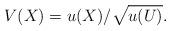
LaTeX: \begin{align*}V(X)=u(X)/{\sqrt{u(U)}}. \end{align*}